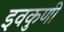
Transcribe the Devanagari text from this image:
इवकुणी